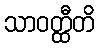
သာဝတ္ထီတိ